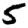
Digit: 5